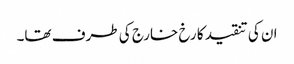
ان کی تنقید کا رخ خارج کی طرف تھا۔